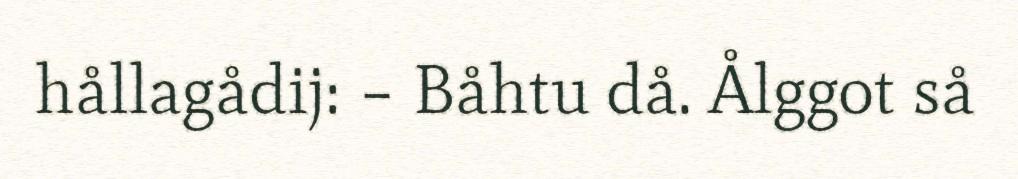
hållagådij: – Båhtu då. Ålggot så